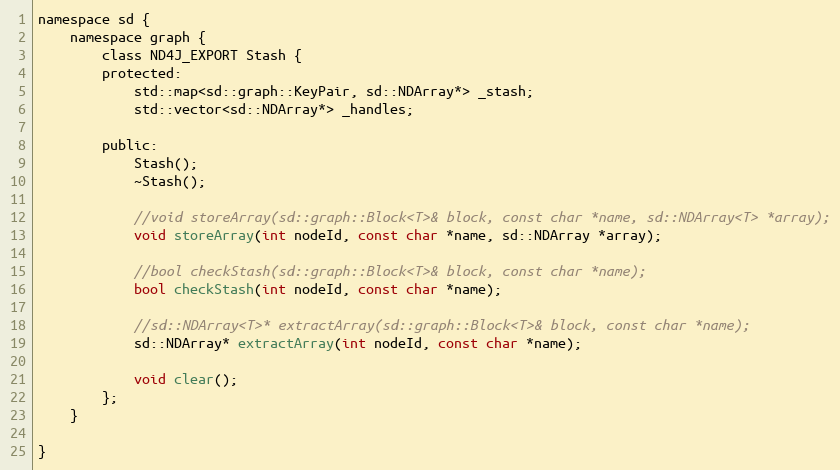
Language: C
namespace sd {
    namespace graph {
        class ND4J_EXPORT Stash {
        protected:
            std::map<sd::graph::KeyPair, sd::NDArray*> _stash;
            std::vector<sd::NDArray*> _handles;

        public:
            Stash();
            ~Stash();

            //void storeArray(sd::graph::Block<T>& block, const char *name, sd::NDArray<T> *array);
            void storeArray(int nodeId, const char *name, sd::NDArray *array);

            //bool checkStash(sd::graph::Block<T>& block, const char *name);
            bool checkStash(int nodeId, const char *name);

            //sd::NDArray<T>* extractArray(sd::graph::Block<T>& block, const char *name);
            sd::NDArray* extractArray(int nodeId, const char *name);

            void clear();
        };
    }

}